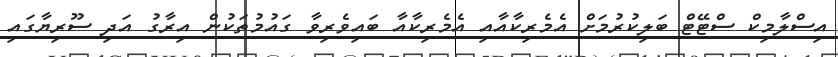
އިސްލާމިކް ސްޓޭޓް ބަލިކުރުމަށް އެމެރިކާއާއި އެމެރިކާއާ ބައިވެރިވާ ގައުމުތަކުން އިރާގު އަދި ސޫރިޔާގައި